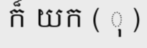
ក៏ យក ( ុ )